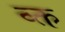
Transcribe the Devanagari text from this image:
व्क्त